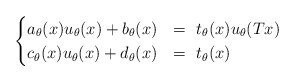
\begin{align*}\begin{cases}a_\theta(x)u_\theta(x)+b_\theta(x)&=\, \, t_\theta(x)u_\theta(Tx)\\c_\theta(x)u_\theta(x)+d_\theta(x)&=\, \, t_\theta(x)\end{cases}\end{align*}